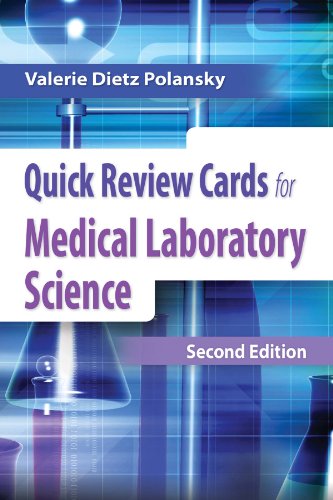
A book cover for Quick Review Cards for Medical Laboratory Science; Valerie Dietz Polansky; Medical Books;